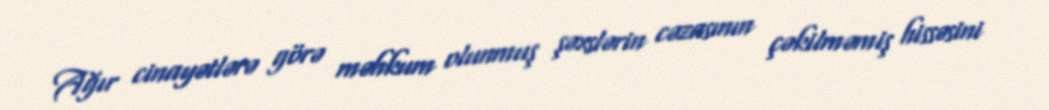
Ağır cinayətlərə görə məhkum olunmuş şəxslərin cəzasının çəkilməmiş hissəsini